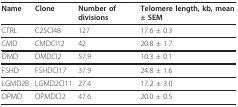
| Name | Clone | Number of divisions | Telomere length, kb, mean ± SEM |
 | --- | --- | --- | --- |
 | CTRL | C25Cl48 | 127 | 17.6 ± 0.3 |
 | CMD | CMDCl12 | 42 | 20.8 ± 1.7 |
 | DMD | DMDCl2 | 57.9 | 10.3 ± 0.1 |
 | FSHD | FSHDCl17 | 37.9 | 24.8 ± 1.6 |
 | LGMD2B | LGMD2Cl11 | 27.4 | 17.2 ± 3.0 |
 | OPMD | OPMDCl2 | 47.6 | 20.0 ± 0.5 |